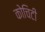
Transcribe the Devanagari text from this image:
कोचिटी